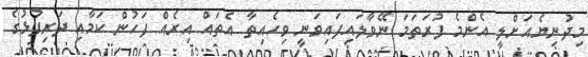
މިދުނިޔެއަށްލީ އެންމެ ފުރަތަމަ ނޭވާލައިފައިވަނީ ވިހެއިތާ އެތައް އިރެއް ފަހުން ކަމާއި ދަރިފުޅުގެ